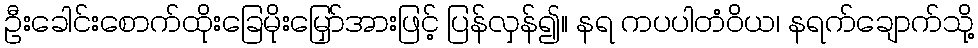
ဦးခေါင်းစောက်ထိုးခြေမိုးမြှော်အားဖြင့် ပြန်လှန်၍။ နရ ကပပါတံဝိယ၊ နရက်ချောက်သို့